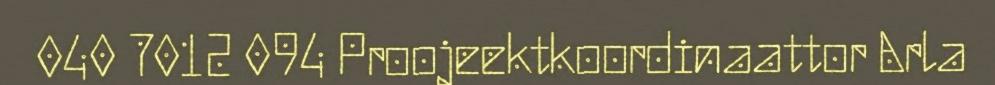
040 7012 094 Proojeektkoordinaattor Arla